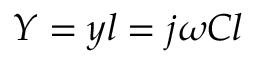
Y = y l = j \omega C l